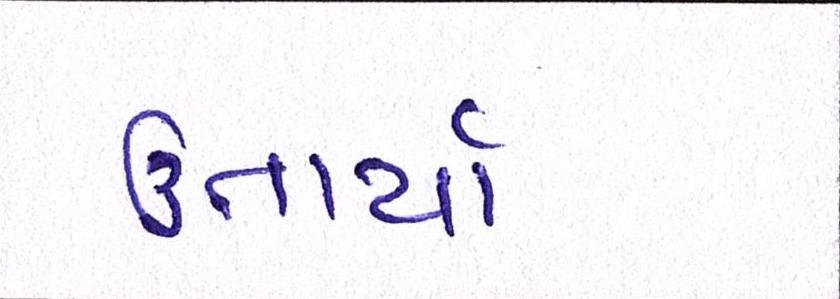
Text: ઉતાર્યા